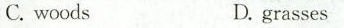
C.woodsD. grasses